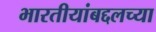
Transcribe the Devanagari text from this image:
भारतीयांबद्दलच्या